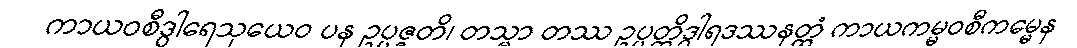
ကာယဝစီဒွါရေသုယေဝ ပန ဥပ္ပဇ္ဇတိ၊ တသ္မာ တဿ ဥပ္ပတ္တိဒွါရဒဿနတ္ထံ ကာယကမ္မဝစီကမ္မေန